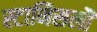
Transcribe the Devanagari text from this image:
स्टानिसलौ